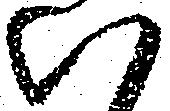
い